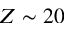
Z \sim 2 0